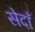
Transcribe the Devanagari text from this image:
सेदाँ